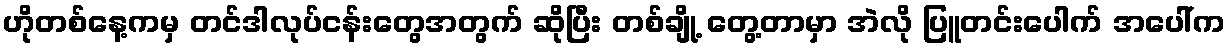
ဟိုတစ်နေ့ကမှ တင်ဒါလုပ်ငန်းတွေအတွက် ဆိုပြီး တစ်ချို့ တွေ့တာမှာ အဲလို ပြူတင်းပေါက် အပေါ်က